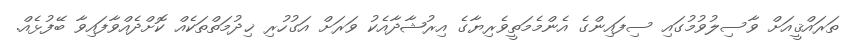
ތަރައްޤީއަށް ވާސިލުވުމުގައި ސިފައިންގެ އެންމެމަތީވެރިޔާގެ އިރުޝާދާއެކު ވަރަށް އަގުހުރި ޚިދުމަތްތަކެއް ކޮށްދެއްވާފައިވާ ބޭފުޅެއް.